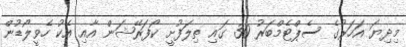
މިދިޔަ އަހަރުގެ ސެޕްޓެމްބަރު 30 ގައި ތިލަފުށީ ކޯފަރޭޝަން އާއި އެކު ހެވީލޯޑުން